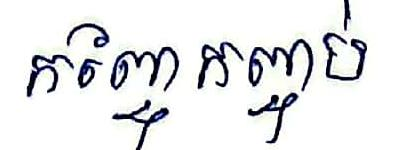
កញ្ចែកញ្ចប់